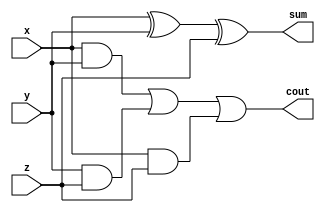
module FA (x,y,z,sum,cout);

input x,y,z;
output sum,cout;

assign sum = x ^ y ^ z;
assign cout = (x & y) | (y & z) | (x & z);


endmodule